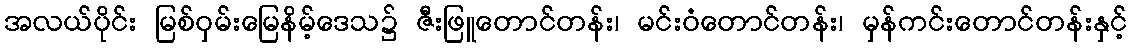
အလယ်ပိုင်း မြစ်ဝှမ်းမြေနိမ့်ဒေသ၌ ဇီးဖြူတောင်တန်း၊ မင်းဝံတောင်တန်း၊ မှန်ကင်းတောင်တန်းနှင့်